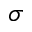
\sigma